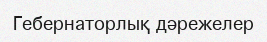
Гебернаторлық дәрежелер